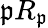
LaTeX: {\mathfrak{p}}R_{\mathfrak{p}}